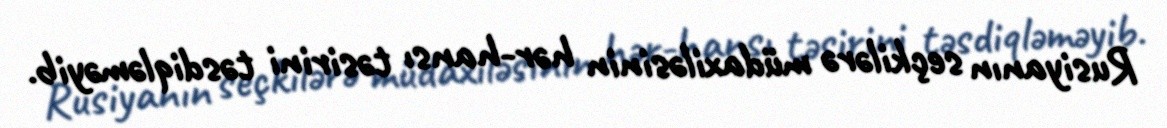
Rusiyanın seçkilərə müdaxiləsinin hər-hansı təsirini təsdiqləməyib.